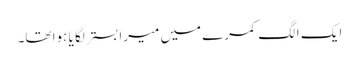
ایک الگ کمرے میں میرا بستر لگا یا ہوا تھا۔